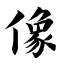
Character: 像